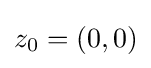
z_{0}=(0,0)